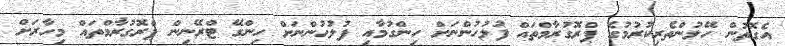
އެގޮތުން ހޭލުންތެރިކުރުމުގެ ޕްރޮގުރާމްތައް ފުލުހުންނަށް ހިންގުމާއި ފުލުހުންނަށް ހިންގޭ ޓްރޭނިން ޕްރޮގުރާމްތައް މިހާރަށް